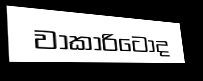
වාකාරිටෝද